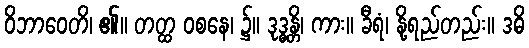
ဝိဘာဝေတိ၊ ၏။ တတ္ထ ဝစနေ၊ ၌။ ဒုဒ္ဓန္တိ၊ ကား။ ခီရံ၊ နို့ရည်တည်း။ ဒဓိ